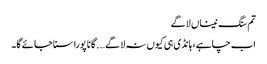
تم سنگ نیناں لاگے
اب چاہے، ہانڈی ہی کیوں نہ لا گے …. گانا پورا سنا جائے گا۔